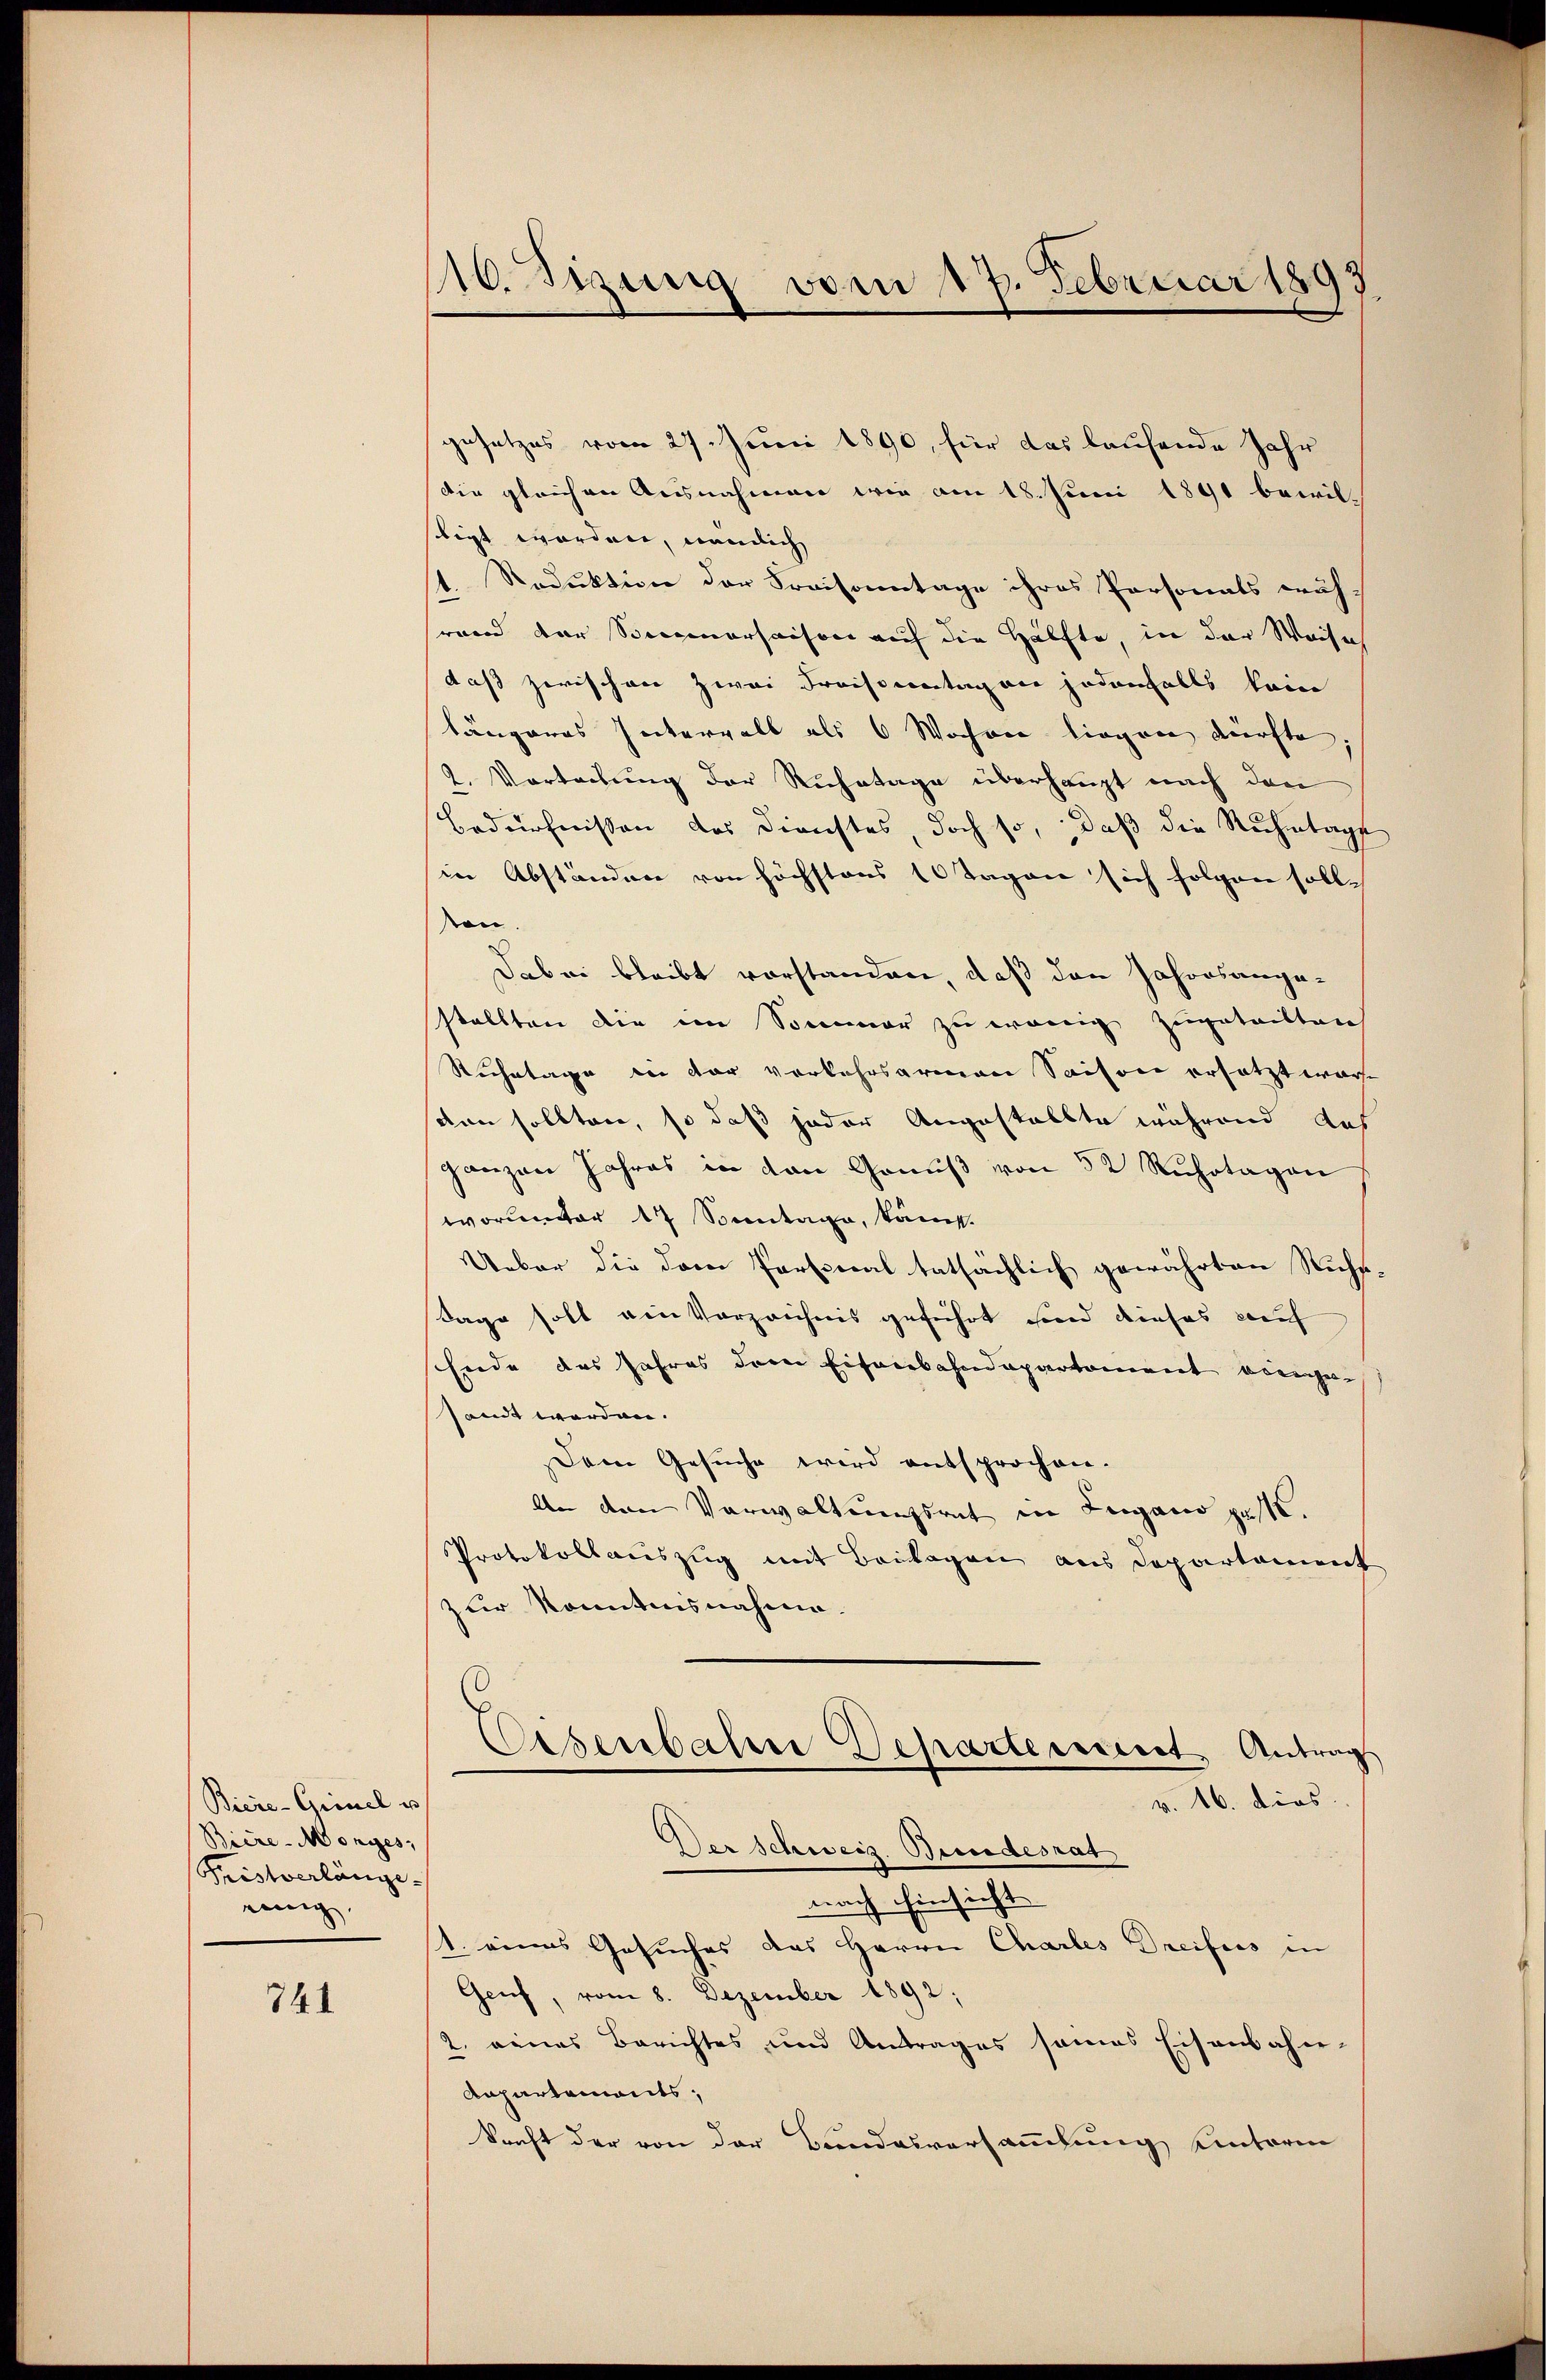
Biere-Grinel u
Biere-Morges,
Tristverlänge
wenig

741

116. Sizung vom 17. Februar 1893

gesetzes vom 27. Juni 1890, für das laufende Jahr
die gleichen Ausnahmen wie am 18. Juni 1891 bewil-
stigt worden, nämlich
t. Reduktion der Kraisonntage ihres Personals wäh-
rand der Sociarsaison auf die Hälfte, in der Weise
daß zwischen zwei Fraisentag an jedenfalls kein
längeres Intervall als 6 Wochen liegen dürfte.
2. Vortretung der Ruhetage überhaupt nach den
Bedürfnissen des Dienstes doch so, daß die Ruhetage
in Abständnie von höchstens 10 Tagen sich folgen solle
son
Dabei bleibt vorstanden, daß den Jahresangestellten die im Sommer zu wenig zugeteilten
Ruchetage in der verkehrsarmen Saison ersetzt ware
den sollten, so daß jeder Angestellte während das
ganzen Jahres in von Gonŭβ von 52 Rŭhotagon
worunter 17 Sonntage, kant.
Ueber die dem Personal tatsächlich gewährten Ruchs¬
Tage soll ein Vorzeichnis geführt sind dieses Kauf
Ende des Jahres dem Eisenbahndepartement eingesandt werden.
Dem Gesuche wird entsprochen.
An den Verwaltungsrat in Lugano passt.
Protokollauszug mit Beilagen aus Departement
zur Kenntnisnahme
Eisenbahre Departement, Antrags
v. 16. dies
Der Schweiz. Bundesrat
nach Einsicht
1. eines Gesuches das Herrn Chartes Dreifus in
Genf, vom 8. Dezember 1892;
2. eines Berichtes und Antrages seines Eisenbahn-
Aapartements,
konft der von der Bundesversammlung unterm